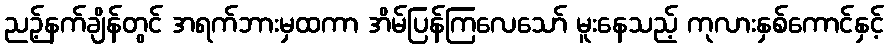
ညဉ့်နက်ချိန်တွင် အရက်ဘားမှထကာ အိမ်ပြန်ကြလေသော် မူးနေသည့် ကုလားနှစ်ကောင်နှင့်